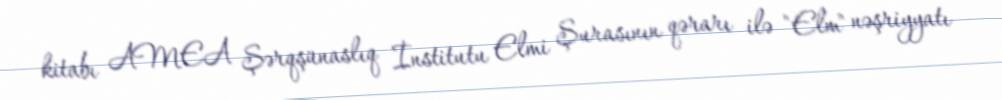
kitabı AMEA Şərqşünaslıq İnstitutu Elmi Şurasının qərarı ilə "Elm" nəşriyyatı